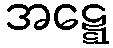
အဋ္ဋေ